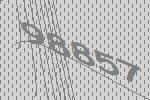
98857